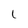
Character: 1